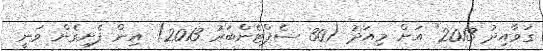
ގަވާއިދު 2013" އަށް މިއަދު (30 ސެޕްޓެންބަރު 2013) އިން ފެށިގެން ވަނީ